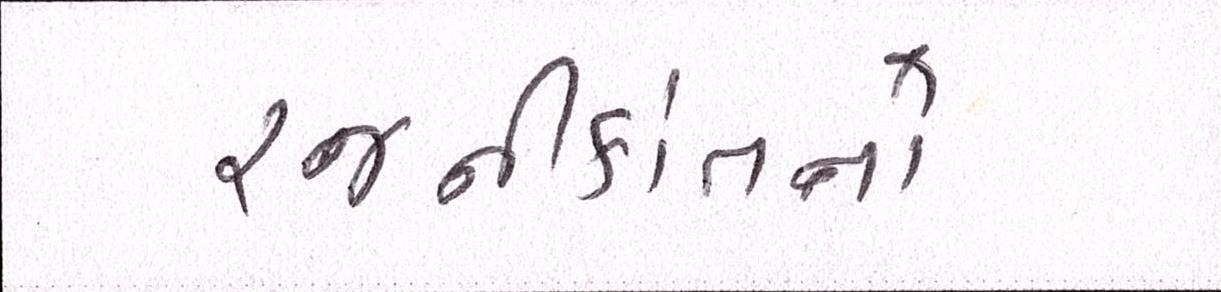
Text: રજનીકાંતનો